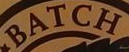
BATCH